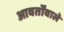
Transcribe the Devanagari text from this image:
आवर्तोंवाले